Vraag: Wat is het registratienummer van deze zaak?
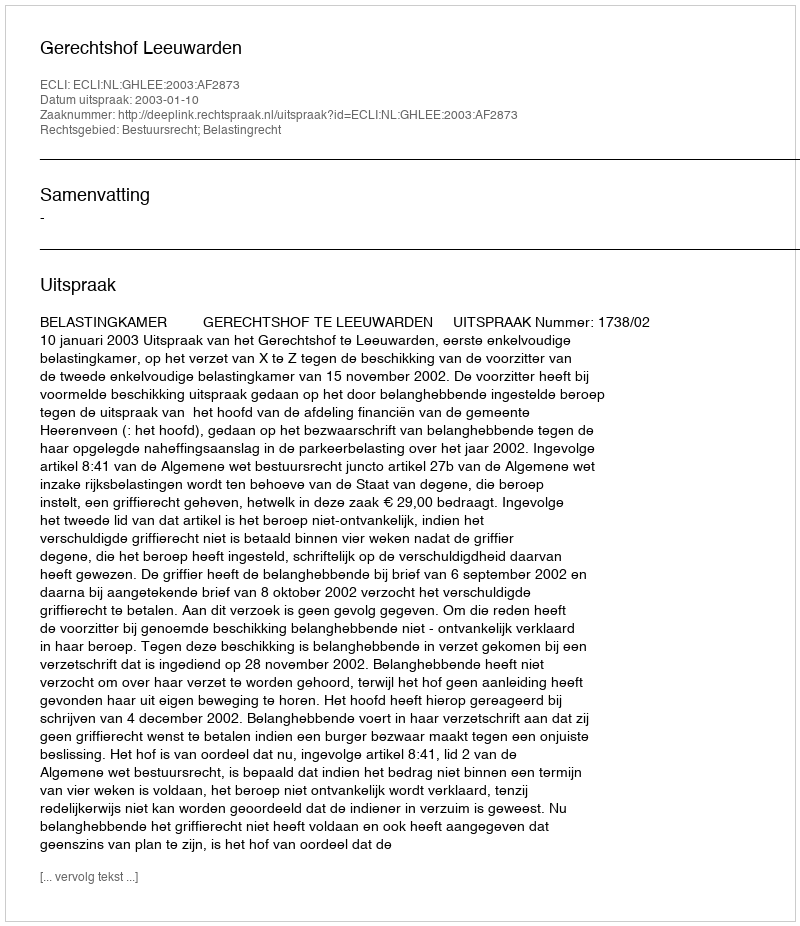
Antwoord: http://deeplink.rechtspraak.nl/uitspraak?id=ECLI:NL:GHLEE:2003:AF2873